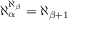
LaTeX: \aleph _ { \alpha } ^ { \aleph _ { \beta } } = \aleph _ { \beta + 1 }